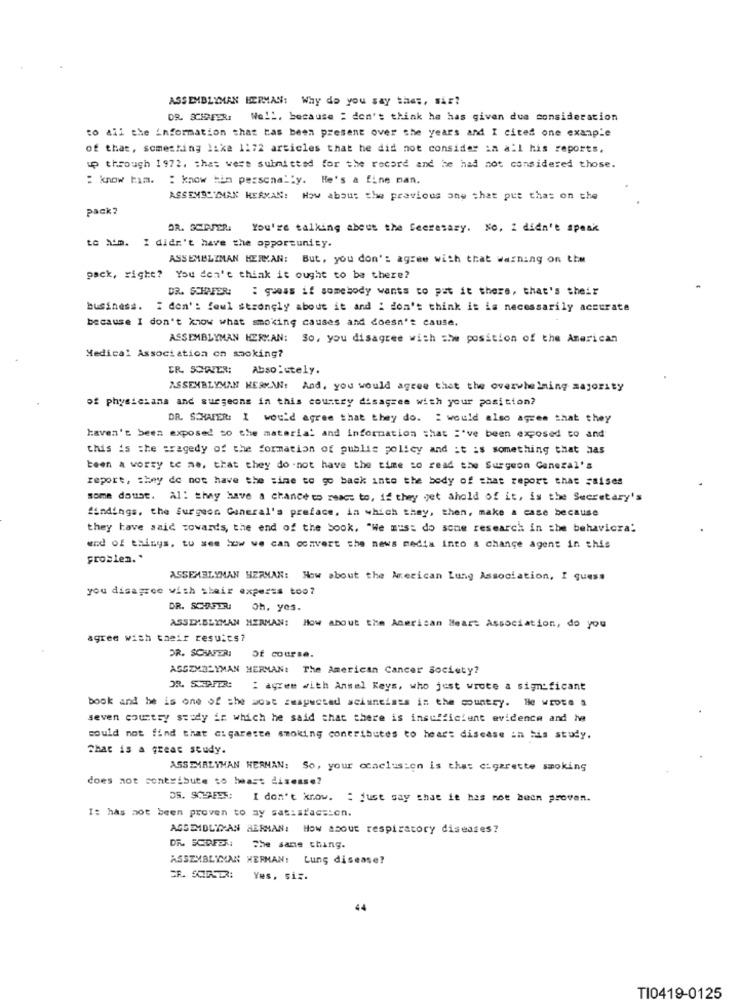
ASSEMBLYMAN HERMAN: Why do you say thes, siz?
DR. SCEREBRI
Well, because : don't think he has given due consideration
to all the information that has been present over the years and I cited one example
of that, something Iska 1:72 articles that he did not consider in all his reports.
up through 1972. that were submitted for the record and he had not considered those.
: know him. : know him personally. He's a fine man.
ASSEMBLYMAN HERMAN: How about the previous one that put that on the
pack?
DR. SERPER. You're talking about the Secretary. No. 2 didn't speak
to Aim. I didn't have the opportunity.
ASSEMBLIMAN HERMAN: But, you don't agree with that warning on the
pack, right? You don't think it ought to ba there?
DR. SCHAFER: : queas if somebody wants to put it there, that's their
business. I don': fowl strongly about it and i don't think it is necessarily accurate
because I don't know what smoking causes and doesn't cause.
ASSEMBLYMAN HERKAN: So, you disagree with =twe position of the American
Medical Association on smoking?
ER. SCHWER:
Absolutely.
ASSEMBLYMAN WERK\: And, you would agree that the overwhelming majority
of physicians and surgeons in this country disagree with your position?
DR. SCHAFER: I would agree that they do. " would also agree that they
haven't been exposed so the material and information that i've been exposed to and
this is the tragedy of the formation of public policy and it is something that has
been a worry te me, that they do -not have the time to read the Surgeon General's
report, they do not have the time to go back into the body of that report that raises
some doust. Al: they have a chance to react to, if they get ahold of it, is the Secretary's
findings, the Surgeon General's preface, in which they, then, make a case because
they have said towards, the end of the book. "We must do some research in the behavicra:
end of things. tu see how we can convert the news media into a change agent in this
problem. "
ASSEMBLYMAN HERMAN: How about the American Lung Association, I quess
you disagree with their experts too?
DR. SCHO.POR:
Oh, yes.
ASSEMBLYMAN HERMAN: How about the American Heart Association, do you
agree with their results?
DR. SCHAFER:
Of course.
AGGZMBLYMAN HERMAN: The American Cancer Society?
DR. SCEPTER: { agree with Ansel Keys, who just wrote a significant
book and he is one of the most zwsywcted scientists in the country. He wrote a
seven country study in which he said that there is insufficient evidence and he
could not find that cigarette smoking contributes to heart disease in his study.
Chat is a great study.
ASSEMALYMAN HERNAN: So, your ccaclusion is the: cigarette smoking
does not contribute to last disease?
35. SCHAEES: I don't know. : just say that it has not been proven.
I: has not been proven to ay satisfaction.
AGSEMDLYYAN HERMAN: How about respiratory diseases?
DR SCWFER: The same thing.
ASSEMBLYMAN HERMAN: Lung disease?
Yes. si :.
44
TI0419-0125